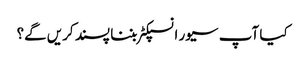
کیا آپ سیور انسپکٹر بننا پسند کریں گے؟